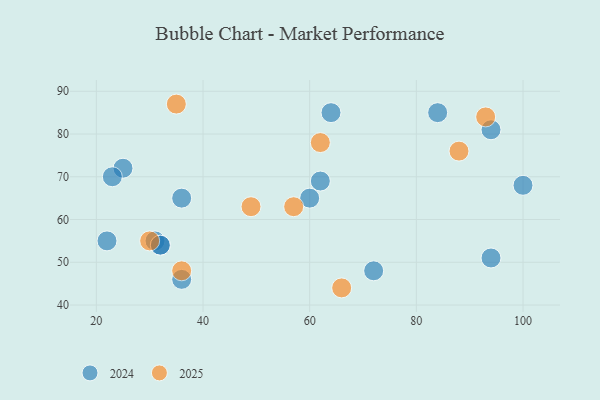
{"axis": {"x": "GDP", "y": "Life Expectancy"}, "legend": ["2024", "2025"], "data": [{"x": "30", "y": 55, "type": "2025"}, {"x": "66", "y": 44, "type": "2025"}, {"x": "57", "y": 63, "type": "2025"}, {"x": "49", "y": 63, "type": "2025"}, {"x": "88", "y": 76, "type": "2025"}, {"x": "36", "y": 48, "type": "2025"}, {"x": "62", "y": 78, "type": "2025"}, {"x": "35", "y": 87, "type": "2025"}, {"x": "93", "y": 84, "type": "2025"}, {"x": "31", "y": 55, "type": "2024"}, {"x": "60", "y": 65, "type": "2024"}, {"x": "64", "y": 85, "type": "2024"}, {"x": "94", "y": 81, "type": "2024"}, {"x": "25", "y": 72, "type": "2024"}, {"x": "22", "y": 55, "type": "2024"}, {"x": "32", "y": 54, "type": "2024"}, {"x": "84", "y": 85, "type": "2024"}, {"x": "36", "y": 46, "type": "2024"}, {"x": "32", "y": 54, "type": "2024"}, {"x": "94", "y": 51, "type": "2024"}, {"x": "62", "y": 69, "type": "2024"}, {"x": "23", "y": 70, "type": "2024"}, {"x": "100", "y": 68, "type": "2024"}, {"x": "72", "y": 48, "type": "2024"}, {"x": "36", "y": 65, "type": "2024"}]}